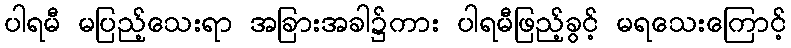
ပါရမီ မပြည့်သေးရာ အခြားအခါ၌ကား ပါရမီဖြည့်ခွင့် မရသေးကြောင့်